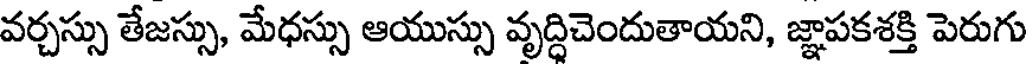
వర్చస్సు తేజస్సు, మేధస్సు ఆయుస్సు వృద్ధిచెందుతాయని, జ్ఞాపకశక్తి పెరుగు